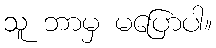
သူ ဘာမှ မပြောပါ။